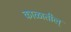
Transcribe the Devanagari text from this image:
काळातील्